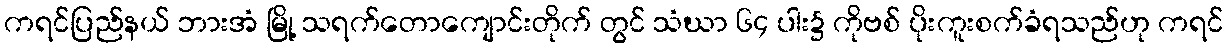
ကရင်ပြည်နယ် ဘားအံ မြို့ သရက်တောကျောင်းတိုက် တွင် သံဃာ ၆၄ ပါး၌ ကိုဗစ် ပိုးကူးစက်ခံရသည်ဟု ကရင်